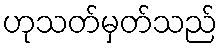
ဟုသတ်မှတ်သည်